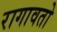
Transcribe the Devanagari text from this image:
रागावतो